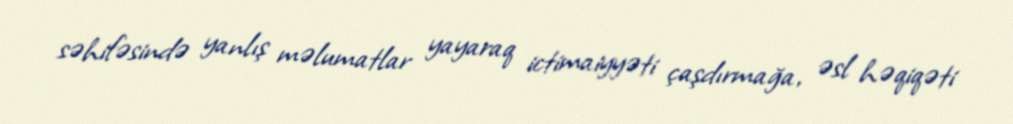
səhifəsində yanlış məlumatlar yayaraq ictimaiyyəti çaşdırmağa, əsl həqiqəti